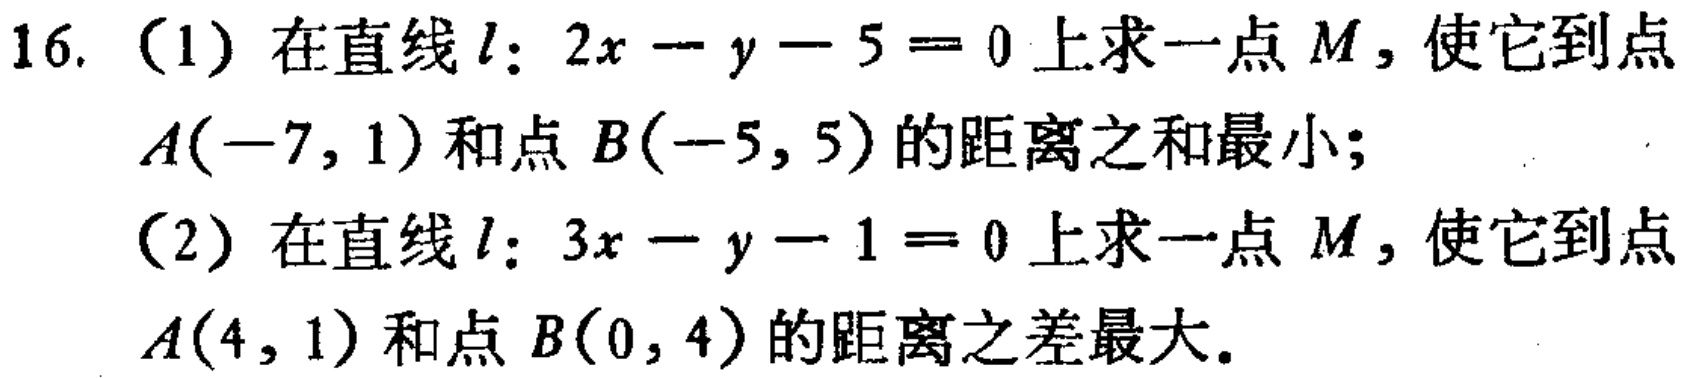
16. （1）在直线\(l:2x - y - 5 = 0\)上求一点\(M\)，使它到点\(A(-7,1)\)和点\(B(-5,5)\)的距离之和最小；
（2）在直线\(l:3x - y - 1 = 0\)上求一点\(M\)，使它到点\(A(4,1)\)和点\(B(0,4)\)的距离之差最大。